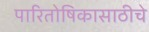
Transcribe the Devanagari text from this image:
पारितोषिकासाठीचे